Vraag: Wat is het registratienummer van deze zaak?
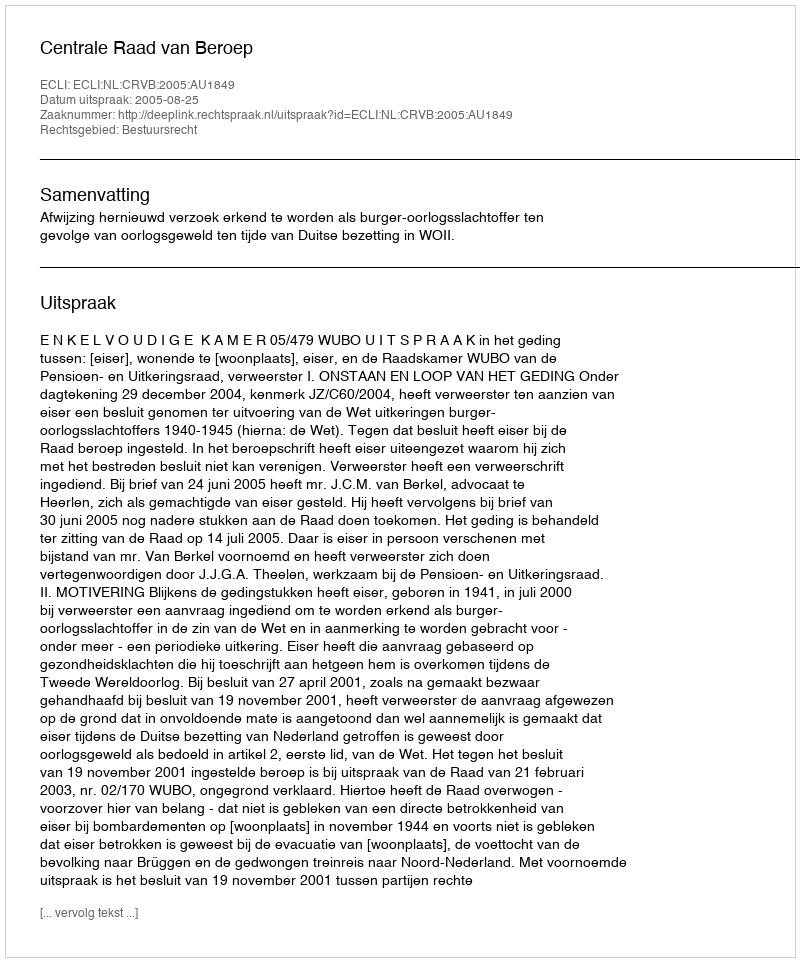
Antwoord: http://deeplink.rechtspraak.nl/uitspraak?id=ECLI:NL:CRVB:2005:AU1849